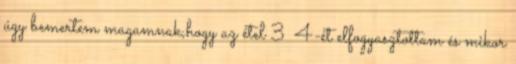
úgy bemertem magamnak,hogy az étel 3 4-ét elfogyasztottam és mikor